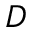
D